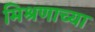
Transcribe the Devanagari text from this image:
मिश्रणाच्या